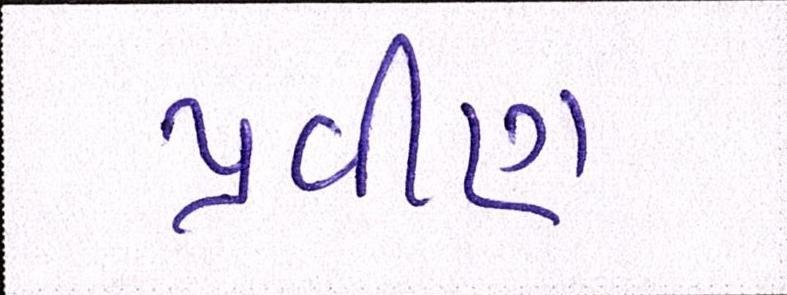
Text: પ્રવીણ